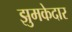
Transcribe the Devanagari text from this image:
झुमकेदार